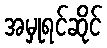
အမှုရင်ဆိုင်